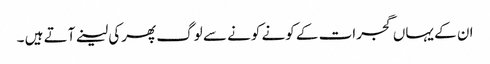
ان کے یہاں گجرات کے کونے کونے سے لوگ پھرکی لینے آتے ہیں ۔